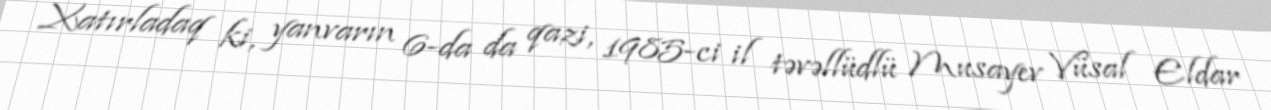
Xatırladaq ki, yanvarın 6-da da qazi, 1985-ci il təvəllüdlü Musayev Vüsal Eldar